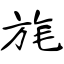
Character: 旄